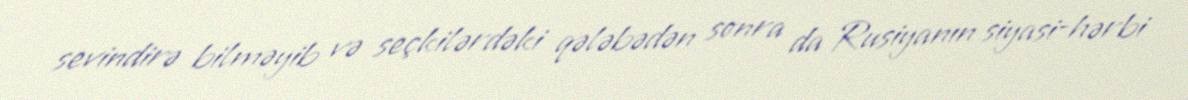
sevindirə bilməyib və seçkilərdəki qələbədən sonra da Rusiyanın siyasi-hərbi